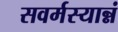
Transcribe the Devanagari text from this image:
सवर्मस्यान्नं